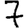
Digit: 7